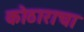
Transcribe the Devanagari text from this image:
कोठाराचा